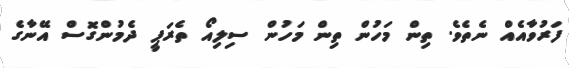
ފަރުވާއެއް ނެތެވެ. ތިން މަހުން ތިން މަހުން ސިލިއޯ ތެރަޕީ ދެމުންގޮސް އޭނާގެ